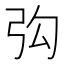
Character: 𮱴